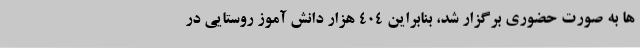
ها به صورت حضوری برگزار شد، بنابراین ۴۰۴ هزار دانش آموز روستایی در